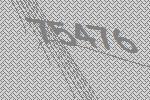
75476